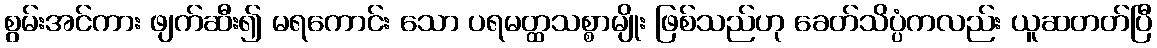
စွမ်းအင်ကား ဖျက်ဆီး၍ မရကောင်း သော ပရမတ္ထသစ္စာမျိုး ဖြစ်သည်ဟု ခေတ်သိပ္ပံကလည်း ယူဆတတ်ပြီ